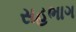
સહભાગ